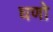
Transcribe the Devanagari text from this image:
घणो